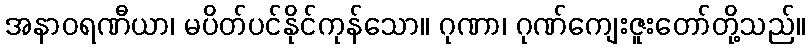
အနာဝရဏီယာ၊ မပိတ်ပင်နိုင်ကုန်သော။ ဂုဏာ၊ ဂုဏ်ကျေးဇူးတော်တို့သည်။